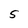
Character: S